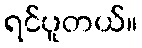
ရင်ပူတယ်။